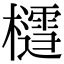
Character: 𪴐